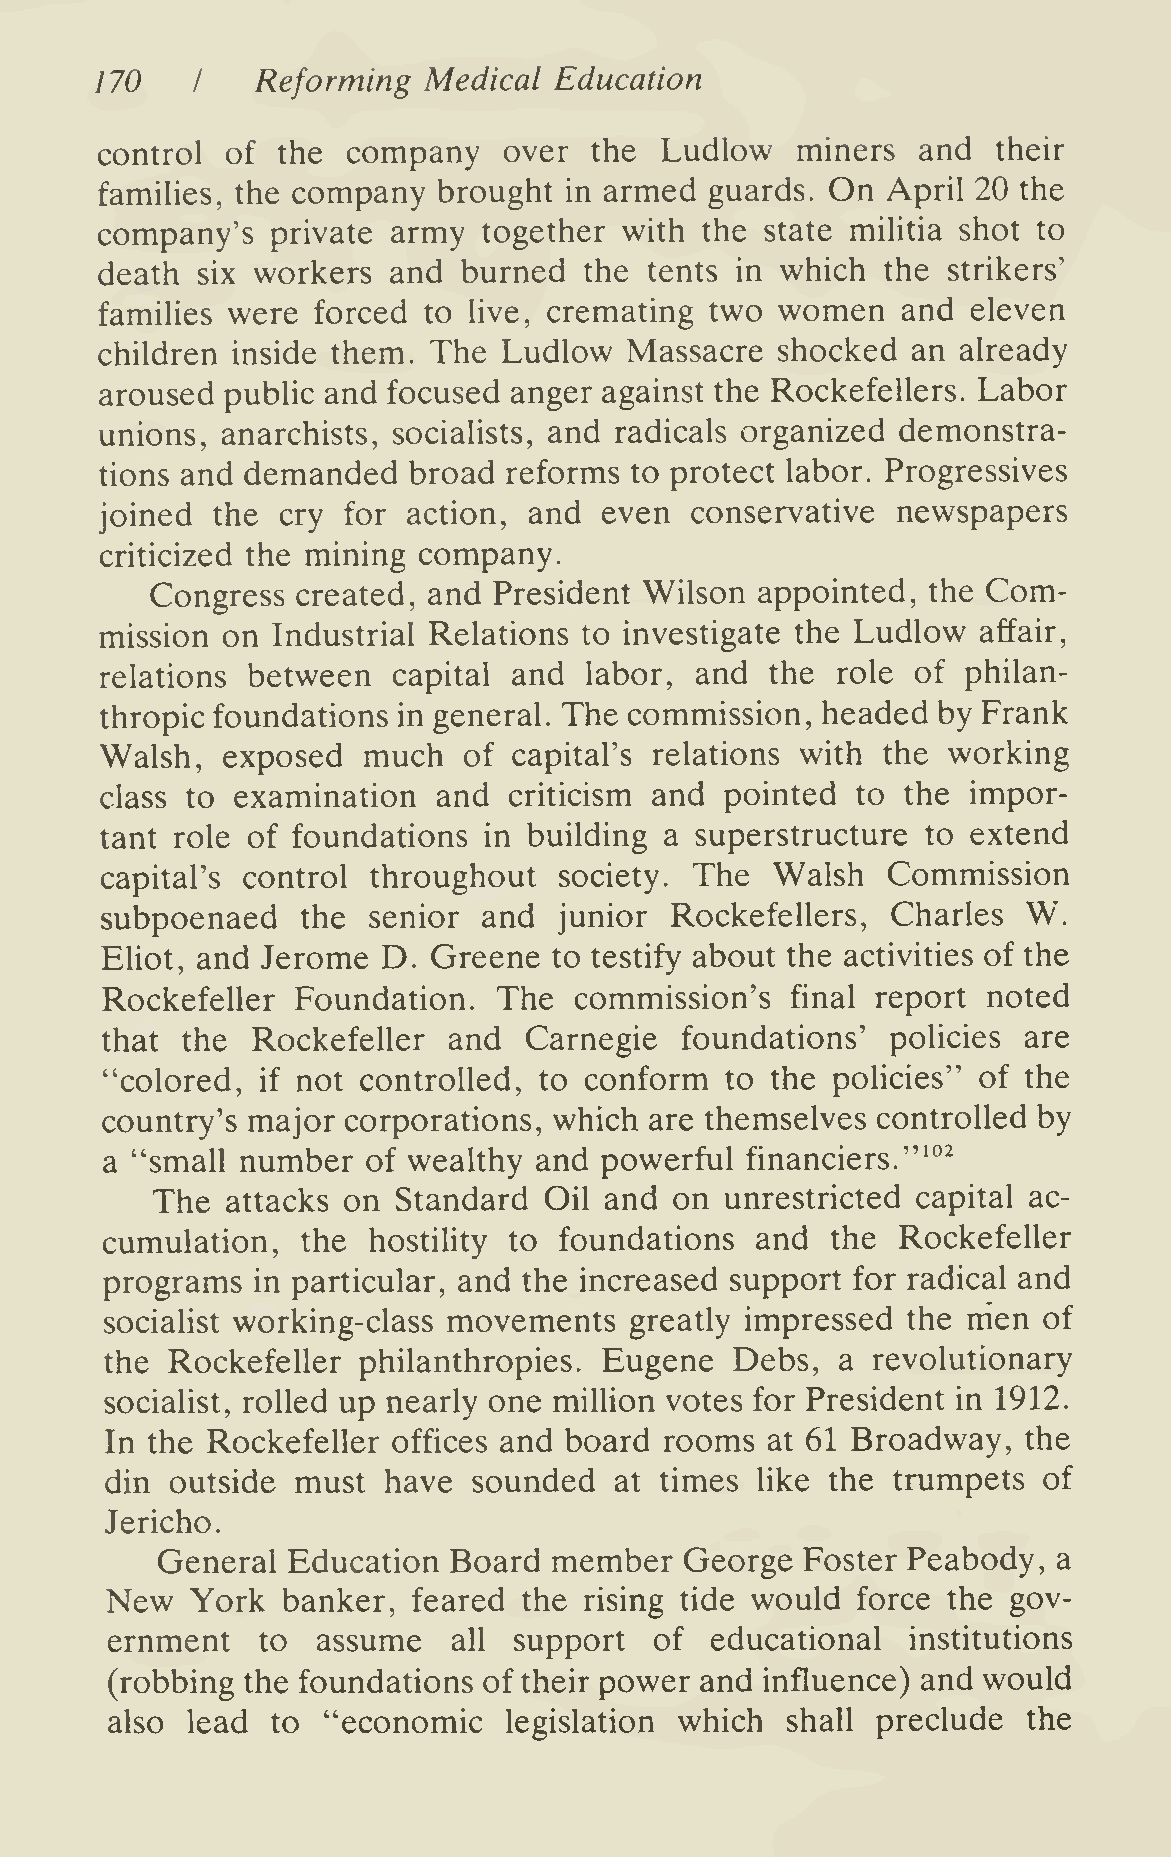
170        Reforming  Medical  Education
 I
 control  of the  company   over  the  Ludlow   miners  and  their
 families, the company  brought in armed  guards. On  April 20 the
 company's   private army  together with the  state militia shot to
 death six workers  and  burned  the tents in which  the strikers'
 families were forced to live, cremating two  women   and eleven
 children inside them. The Ludlow   Massacre shocked  an  already
 aroused public and focused anger against the Rockefellers. Labor
 unions, anarchists, socialists, and radicals organized demonstra-
 tions and demanded  broad  reforms to protect labor. Progressives
 joined the cry  for action, and  even  conservative newspapers
 criticized the mining company.
 Congress  created, and President Wilson appointed, the Com-
 mission on Industrial Relations to investigate the Ludlow affair,
 relations between  capital and  labor, and  the role  of philan-
 thropic foundations in general. The commission, headed by Frank
 Walsh,  exposed  much   of capital's relations with the working
 class to examination  and  criticism and pointed  to the impor-
 tant role of foundations in building a superstructure to extend
 capital's control throughout  society. The  Walsh   Commission
 subpoenaed   the senior  and  junior Rockefellers,  Charles  W.
 Eliot, and Jerome D.  Greene  to testify about the activities of the
 Rockefeller  Foundation.  The  commission's  final report noted
 that the  Rockefeller  and  Carnegie  foundations'  policies are
 "colored, if not controlled, to conform  to the policies" of the
 country's major corporations, which are themselves controlled by
 "^°^
 a "small number  of wealthy and  powerful financiers.
 The  attacks on Standard  Oil and  on unrestricted capital ac-
 cumulation,  the hostility to foundations  and  the Rockefeller
 programs  in particular, and the increased support for radical and
 socialist working-class movements  greatly impressed the rrien of
 the Rockefeller  philanthropies. Eugene   Debs,  a revolutionary
 socialist, rolled up nearly one million votes for President in 1912.
 In the Rockefeller offices and board rooms  at 61 Broadway,  the
 din outside  must have  sounded   at times like the trumpets  of
 Jericho.
 General  Education  Board  member  George  Foster Peabody,  a
 New   York  banker, feared  the rising tide would force the gov-
 ernment   to  assume   all support  of  educational  institutions
 (robbing the foundations of their power and influence) and would
 also lead  to "economic   legislation which  shall preclude  the